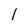
Character: 1